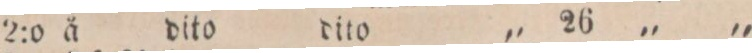
2:o ä dito dito „ 26 „ „